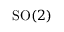
{ \mathrm { S O } } ( 2 )